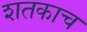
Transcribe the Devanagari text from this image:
शतकाच